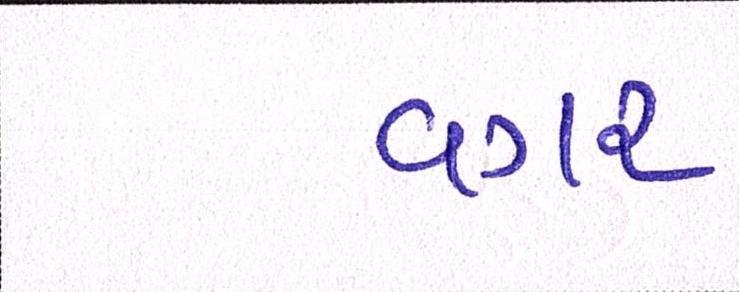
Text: વગર